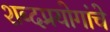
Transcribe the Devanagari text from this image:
शब्दप्रयोगांचे